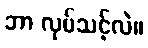
ဘာ လုပ်သင့်လဲ။